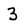
Character: 3